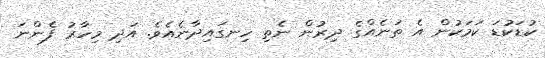
ކުޑަކުޑަ ކަމަކުން އެ ތަނެއްގެ ދިރުން ނެތި ހިނގައިދާނެއެވެ. އަދި މިހާރު ފެންނަ